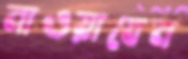
নাওয়াবেন